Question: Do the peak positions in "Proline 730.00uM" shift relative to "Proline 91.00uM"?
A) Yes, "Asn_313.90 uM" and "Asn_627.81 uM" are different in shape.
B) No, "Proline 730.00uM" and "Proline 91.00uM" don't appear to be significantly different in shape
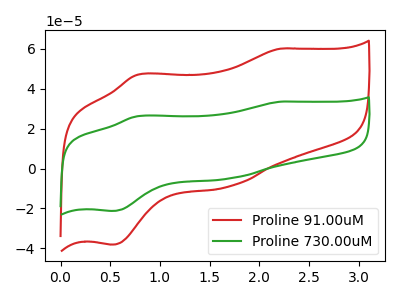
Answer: <think>The red curve "Proline 91.00uM" has anodic peaks at (2.20V, 60.05uA) (0.75V, 46.95uA) and cathodic peaks at (1.70V, -9.05uA) (0.50V, -38.15uA). The green curve "Proline 730.00uM" has anodic peaks at (2.20V, 33.50uA) (0.75V, 26.20uA) and cathodic peaks at (1.70V, -5.05uA) (0.50V, -21.25uA).
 All the peaks in "Proline 730.00uM" have a peak in "Proline 91.00uM" at the same potential. Every peak in "Proline 730.00uM" is lower than every peak in "Proline 91.00uM".</think>
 <answer>B) No, "Proline 730.00uM" and "Proline 91.00uM" don't appear to be significantly different in shape</answer>
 <eval>B</eval>